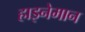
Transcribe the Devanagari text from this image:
हाइनेमान